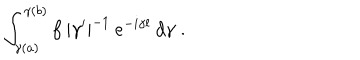
LaTeX: \int _ { \gamma ( a ) } ^ { \gamma ( b ) } f \: | \gamma ^ { \prime } | ^ { - 1 } \: e ^ { - i \gamma l } \: d \gamma \; .